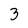
Character: 3